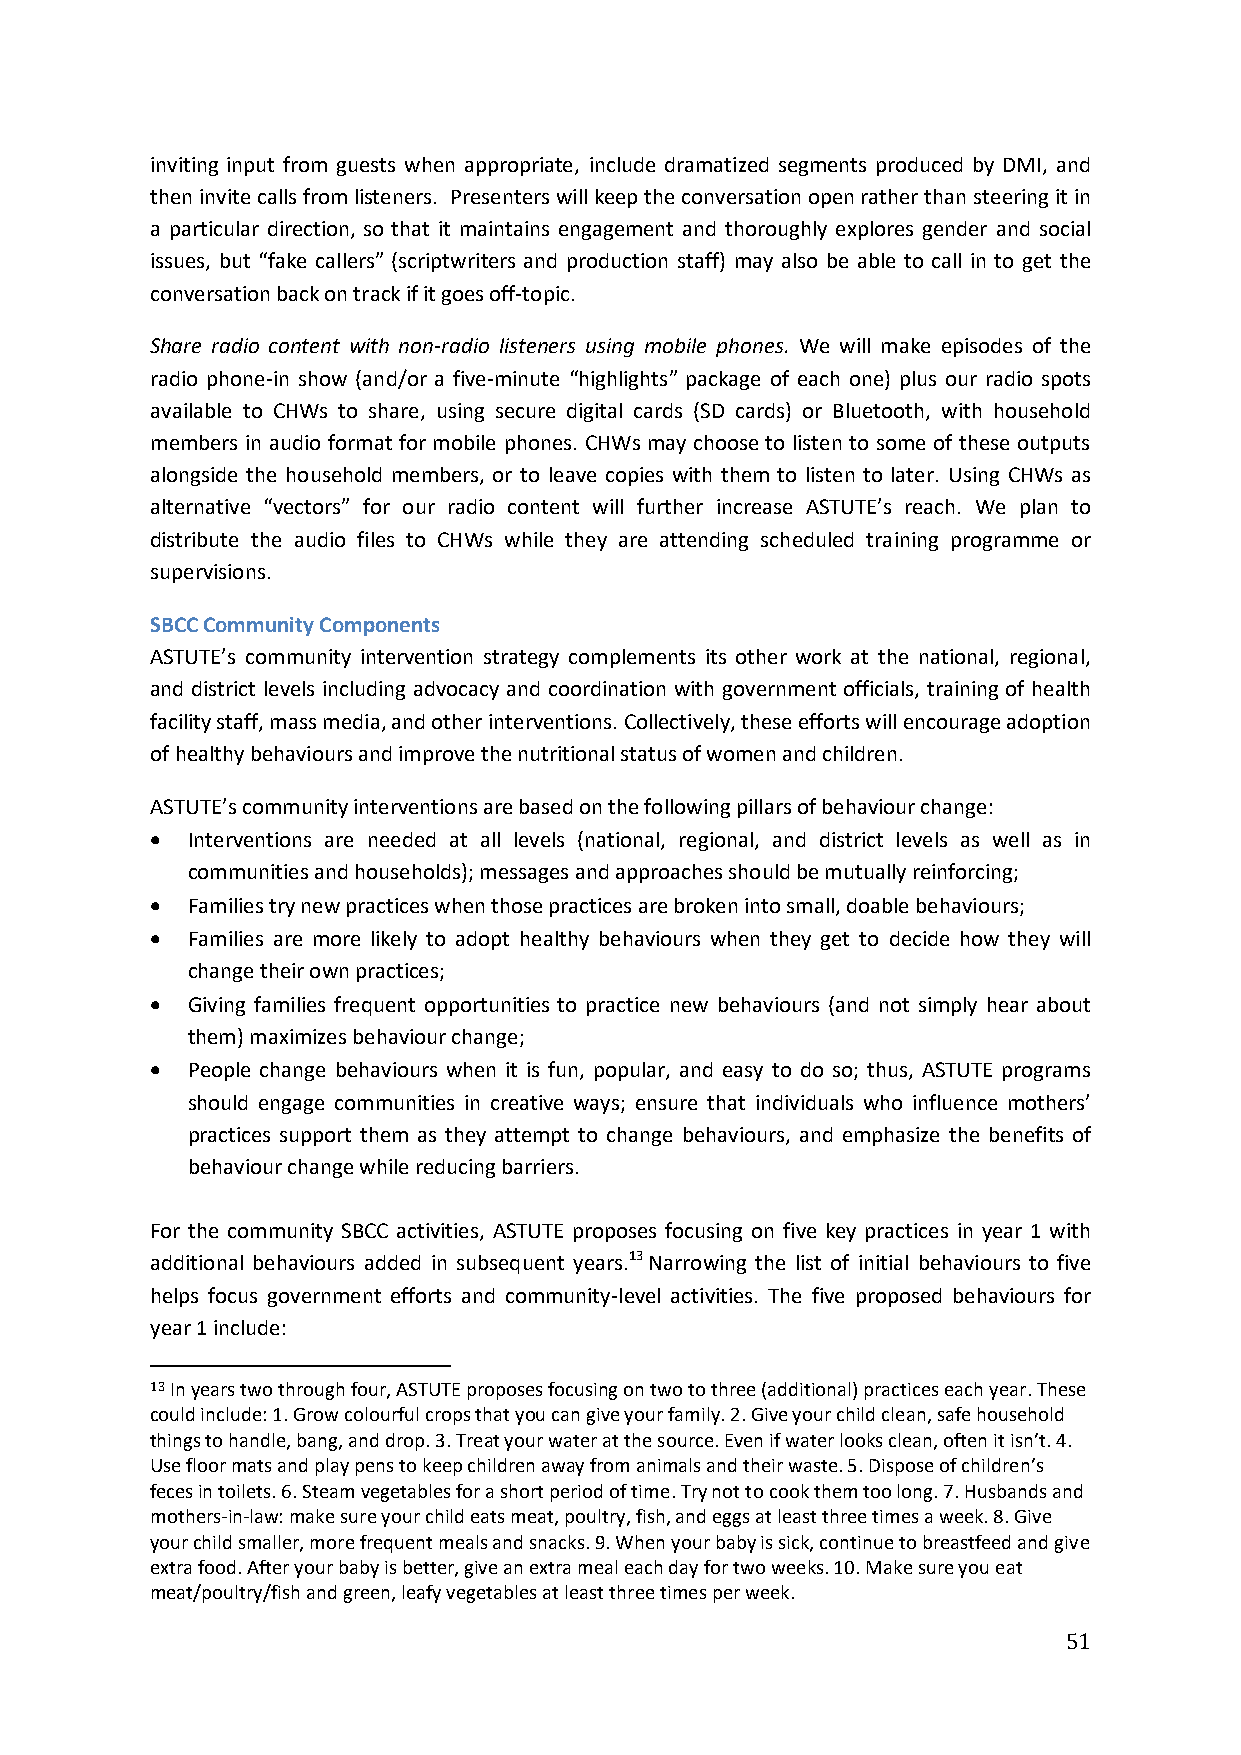
inviting input from guests when appropriate, include dramatized segments produced by DMI, and
 then invite calls from listeners. Presenters will keep the conversation open rather than steering it in
 a particular direction, so that it maintains engagement and thoroughly explores gender and social
 issues, but “fake callers” (scriptwriters and production staff) may also be able to call in to get the
 conversation back on track if it goes off-topic.
 Share radio content with non-radio listeners using mobile phones. We will make episodes of the
 radio phone-in show (and/or a five-minute “highlights” package of each one) plus our radio spots
 available to CHWs to share, using secure digital cards (SD cards) or Bluetooth, with household
 members in audio format for mobile phones. CHWs may choose to listen to some of these outputs
 alongside the household members, or to leave copies with them to listen to later. Using CHWs as
 alternative “vectors” for our radio content will further increase ASTUTE’s reach. We plan to
 distribute the audio files to CHWs while they are attending scheduled training programme or
 supervisions.
 SBCC Community Components
 ASTUTE’s community intervention strategy complements its other work at the national, regional,
 and district levels including advocacy and coordination with government officials, training of health
 facility staff, mass media, and other interventions. Collectively, these efforts will encourage adoption
 of healthy behaviours and improve the nutritional status of women and children.
 ASTUTE’s community interventions are based on the following pillars of behaviour change:
  Interventions are needed at all levels (national, regional, and district levels as well as in
 communities and households); messages and approaches should be mutually reinforcing;
  Families try new practices when those practices are broken into small, doable behaviours;
  Families are more likely to adopt healthy behaviours when they get to decide how they will
 change their own practices;
  Giving families frequent opportunities to practice new behaviours (and not simply hear about
 them) maximizes behaviour change;
  People change behaviours when it is fun, popular, and easy to do so; thus, ASTUTE programs
 should engage communities in creative ways; ensure that individuals who influence mothers’
 practices support them as they attempt to change behaviours, and emphasize the benefits of
 behaviour change while reducing barriers.
 For the community SBCC activities, ASTUTE proposes focusing on five key practices in year 1 with
 additional behaviours added in subsequent years.13 Narrowing the list of initial behaviours to five
 helps focus government efforts and community-level activities. The five proposed behaviours for
 year 1 include:
 13 In years two through four, ASTUTE proposes focusing on two to three (additional) practices each year. These
 could include: 1. Grow colourful crops that you can give your family. 2. Give your child clean, safe household
 things to handle, bang, and drop. 3. Treat your water at the source. Even if water looks clean, often it isn’t. 4.
 Use floor mats and play pens to keep children away from animals and their waste. 5. Dispose of children’s
 feces in toilets. 6. Steam vegetables for a short period of time. Try not to cook them too long. 7. Husbands and
 mothers-in-law: make sure your child eats meat, poultry, fish, and eggs at least three times a week. 8. Give
 your child smaller, more frequent meals and snacks. 9. When your baby is sick, continue to breastfeed and give
 extra food. After your baby is better, give an extra meal each day for two weeks. 10. Make sure you eat
 meat/poultry/fish and green, leafy vegetables at least three times per week.
 51